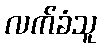
လက်ခံသူ